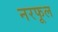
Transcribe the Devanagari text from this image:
नरफूल